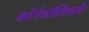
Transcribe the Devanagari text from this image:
कॉर्नवॉलिसचे